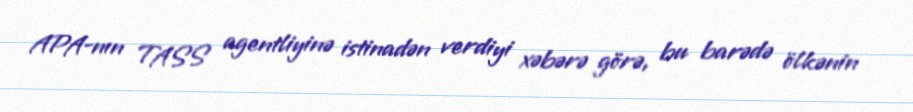
APA-nın TASS agentliyinə istinadən verdiyi xəbərə görə, bu barədə ölkənin